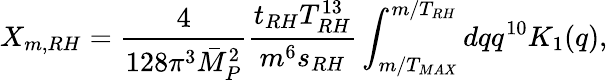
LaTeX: X_{m,RH}=\frac{4}{128\pi^{3}\bar{M}_{P}^{2}}\frac{t_{RH}T_{RH}^{13}}{m^{6}s_{RH}}\int_{m/T_{MAX}}^{m/T_{RH}}dqq^{10}K_{1}(q),